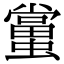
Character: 𧒾